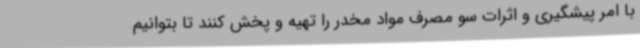
با امر پیشگیری و اثرات سو مصرف مواد مخدر را تهیه و پخش کنند تا بتوانیم